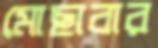
মোছাবার